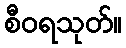
စီဝရသုတ်။